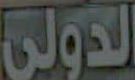
الدولي